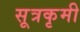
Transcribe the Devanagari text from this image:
सूत्रकृमी